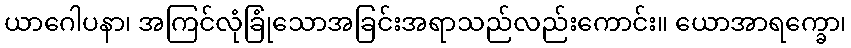
ယာဂေါပနာ၊ အကြင်လုံခြုံသောအခြင်းအရာသည်လည်းကောင်း။ ယောအာရက္ခော၊